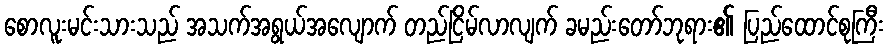
စောလူးမင်းသားသည် အသက်အရွယ်အလျောက် တည်ငြိမ်လာလျက် ခမည်းတော်ဘုရား၏ ပြည်ထောင်စုကြီး